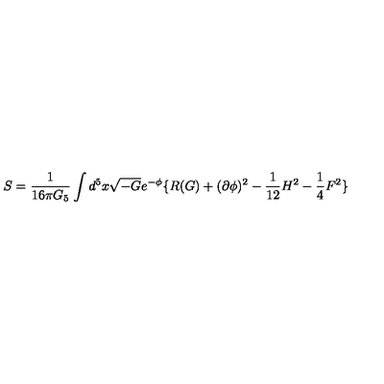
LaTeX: S = \frac { 1 } { 1 6 \pi G _ { 5 } } \int d ^ { 5 } x \sqrt { - G } e ^ { - \phi } \lbrace R ( G ) + ( \partial \phi ) ^ { 2 } - \frac { 1 } { 1 2 } H ^ { 2 } - \frac { 1 } { 4 } F ^ { 2 } \rbrace